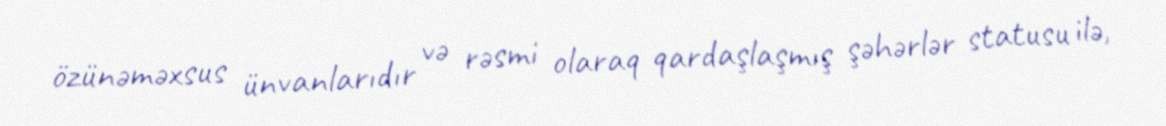
özünəməxsus ünvanlarıdır və rəsmi olaraq qardaşlaşmış şəhərlər statusu ilə,